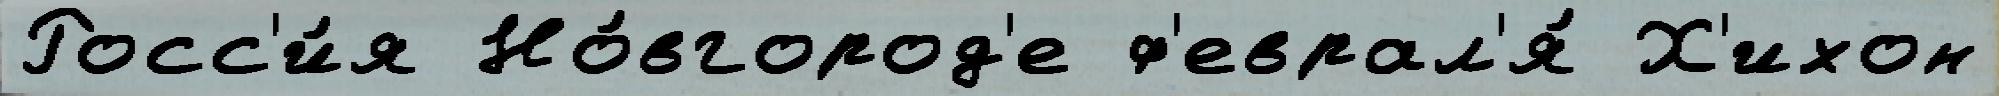
Росс'и́я Но́вгород'е ф'еврал'я́ Х'ихон